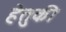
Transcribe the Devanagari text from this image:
हेतुकी